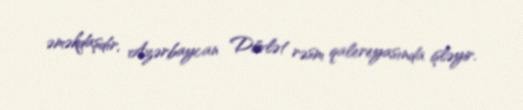
əməkdaşdır, Azərbaycan Dövlət rəsm qalereyasında işləyir.